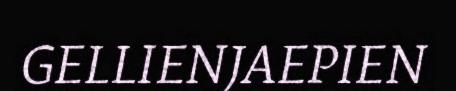
GELLIENJAEPIEN